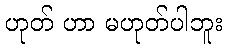
ဟုတ် ဟာ မဟုတ်ပါဘူး